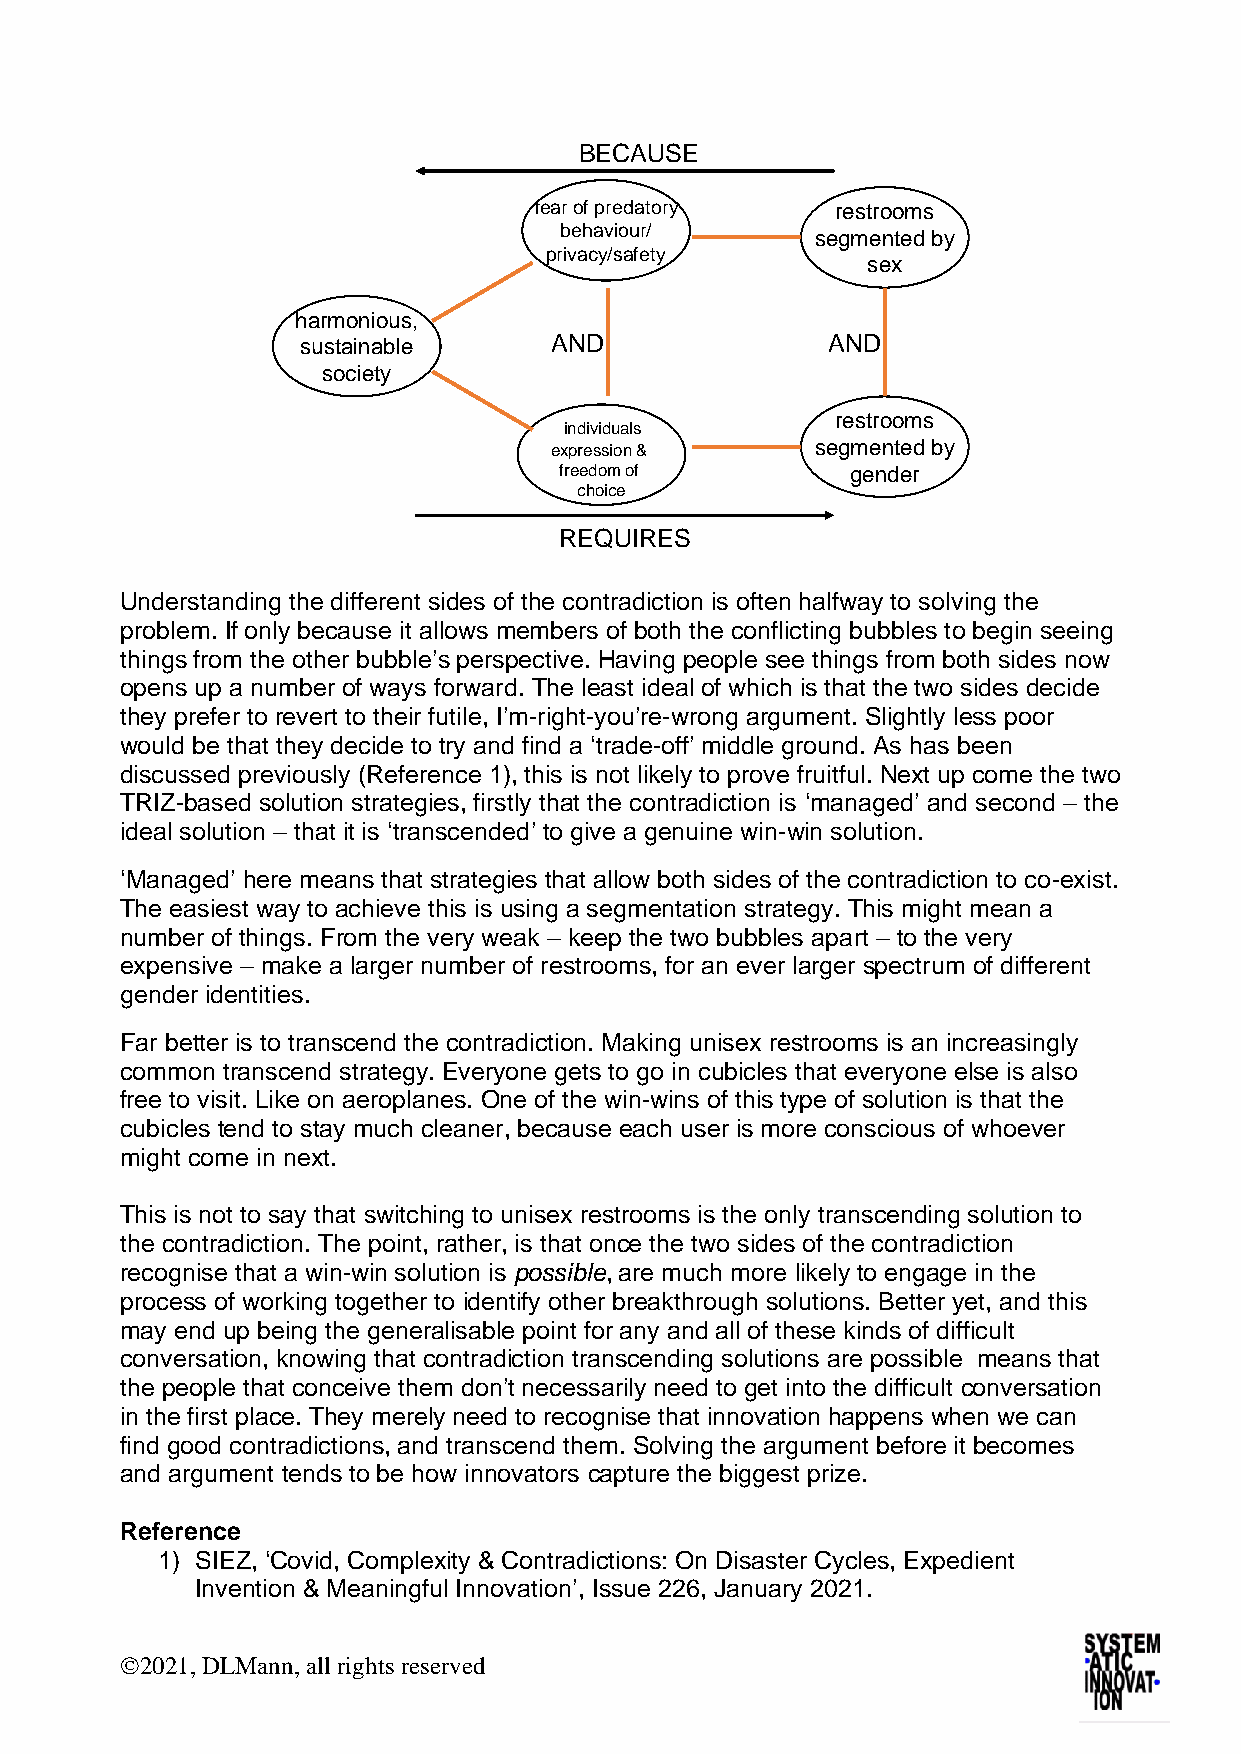
Understanding the different sides of the contradiction is often halfway to solving the
 problem. If only because it allows members of both the conflicting bubbles to begin seeing
 things from the other bubble’s perspective. Having people see things from both sides now
 opens up a number of ways forward. The least ideal of which is that the two sides decide
 they prefer to revert to their futile, I’m-right-you’re-wrong argument. Slightly less poor
 would be that they decide to try and find a ‘trade-off’ middle ground. As has been
 discussed previously (Reference 1), this is not likely to prove fruitful. Next up come the two
 TRIZ-based solution strategies, firstly that the contradiction is ‘managed’ and second – the
 ideal solution – that it is ‘transcended’ to give a genuine win-win solution.
 ‘Managed’ here means that strategies that allow both sides of the contradiction to co-exist.
 The easiest way to achieve this is using a segmentation strategy. This might mean a
 number of things. From the very weak – keep the two bubbles apart – to the very
 expensive – make a larger number of restrooms, for an ever larger spectrum of different
 gender identities.
 Far better is to transcend the contradiction. Making unisex restrooms is an increasingly
 common transcend strategy. Everyone gets to go in cubicles that everyone else is also
 free to visit. Like on aeroplanes. One of the win-wins of this type of solution is that the
 cubicles tend to stay much cleaner, because each user is more conscious of whoever
 might come in next.
 This is not to say that switching to unisex restrooms is the only transcending solution to
 the contradiction. The point, rather, is that once the two sides of the contradiction
 recognise that a win-win solution is possible, are much more likely to engage in the
 process of working together to identify other breakthrough solutions. Better yet, and this
 may end up being the generalisable point for any and all of these kinds of difficult
 conversation, knowing that contradiction transcending solutions are possible means that
 the people that conceive them don’t necessarily need to get into the difficult conversation
 in the first place. They merely need to recognise that innovation happens when we can
 find good contradictions, and transcend them. Solving the argument before it becomes
 and argument tends to be how innovators capture the biggest prize.
 Reference
 1) SIEZ, ‘Covid, Complexity & Contradictions: On Disaster Cycles, Expedient
 Invention & Meaningful Innovation’, Issue 226, January 2021.
 ©2021, DLMann, all rights reserved
 hs au r m os
 tas
 o c
 ninie io ua
 bty
 sle ,
 fe a
 p
 A
 e
 B E C A U S
 r o f p r e d a to r yb
 e h a v io u r /r
 iv a c y /s a fe ty
 N D
 in d iv id u a ls
 x p re s s io n &
 fre e d o m o f
 c h o ic e
 R E Q U I R E S
 E
 s
 s
 e
 A
 e
 r e sg
 m
 N
 r e sg
 mg
 tr o o me
 n tes
 e x
 D
 tr o o me
 n tee
 n d e
 d
 dr
 s
 s
 b
 b
 y
 y